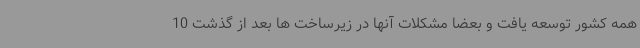
همه کشور توسعه یافت و بعضا مشکلات آنها در زیرساخت ها بعد از گذشت 10